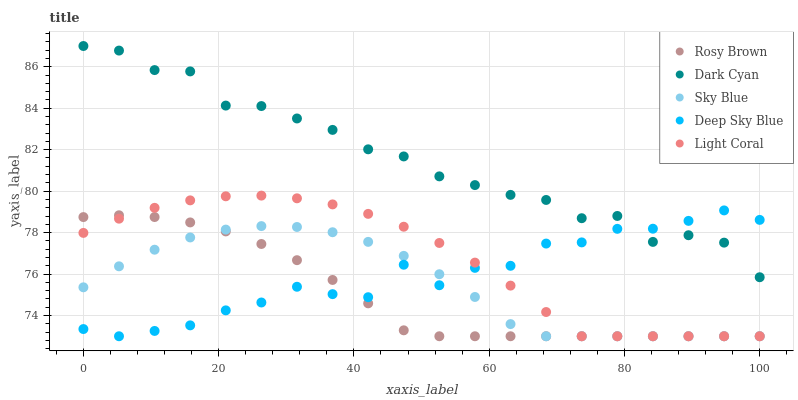
| xaxis_label | Rosy Brown | Dark Cyan | Sky Blue | Deep Sky Blue | Light Coral |
 | --- | --- | --- | --- | --- | --- |
 | 0 | 78.7 | 87 | 75.4 | 73.3 | 78 |
 | 5.26 | 78.8 | 86.8 | 76.4 | 73 | 78.7 |
 | 10.5 | 78.8 | 85.8 | 77.2 | 73.3 | 79.2 |
 | 15.8 | 78.5 | 85.8 | 77.8 | 73.5 | 79.6 |
 | 21.1 | 78.1 | 84.1 | 78.1 | 74.2 | 79.8 |
 | 26.3 | 77.5 | 84.1 | 78.3 | 74.6 | 79.8 |
 | 31.6 | 76.7 | 83.5 | 78.3 | 75.4 | 79.7 |
 | 36.8 | 75.7 | 83 | 78 | 75 | 79.4 |
 | 42.1 | 74.6 | 82 | 77.6 | 74.9 | 78.9 |
 | 47.4 | 73.3 | 81.7 | 76.9 | 76.5 | 78.3 |
 | 52.6 | 73 | 80.7 | 76 | 75.5 | 77.5 |
 | 57.9 | 73 | 80.3 | 74.9 | 76.3 | 76.6 |
 | 63.2 | 73 | 79.8 | 73.6 | 76.4 | 75.4 |
 | 68.4 | 73 | 79.6 | 73 | 77.5 | 74.2 |
 | 73.7 | 73 | 78.7 | 73 | 77.5 | 73 |
 | 78.9 | 73 | 78.8 | 73 | 78.2 | 73 |
 | 84.2 | 73 | 77.6 | 73 | 78.2 | 73 |
 | 89.5 | 73 | 77.9 | 73 | 78.6 | 73 |
 | 94.7 | 73 | 77.5 | 73 | 79.1 | 73 |
 | 100 | 73 | 75.8 | 73 | 78.6 | 73 |